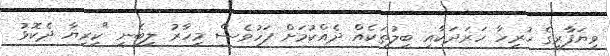
ވިޔަފާރީގެ ހުރިހާ ހަރަދަކާއި ބިލުތަކެއް ދެއްކުމަށް ފަހުވެސް މިހާރު ލިބެނީ "ކިރިޔާ ދެކޮޅު